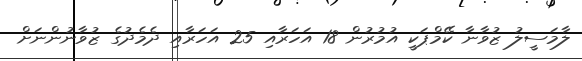
ލާމަސީލު ޒުވާނާ ކޭމްޕަކީ އުމުރުން 18 އަހަރާއި 25 އަހަރާއި ދެމެދުގެ ޒުވާނުންނަށް